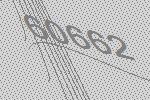
60662